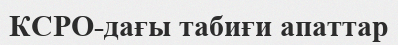
КСРО-дағы табиғи апаттар